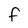
Character: F